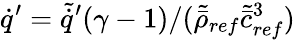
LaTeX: \dot{q}^{\prime}=\tilde{\dot{q}}^{\prime}(\gamma-1)/(\tilde{\bar{\rho}}_{ref}\tilde{\bar{c}}_{ref}^{3})